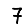
Digit: 7